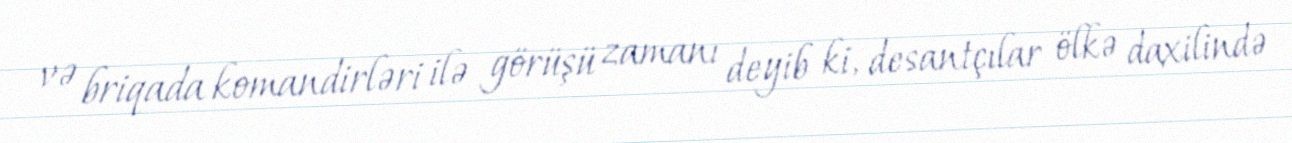
və briqada komandirləri ilə görüşü zamanı deyib ki, desantçılar ölkə daxilində